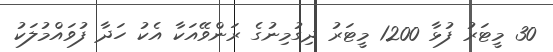
30 މީޓަރު ފުޅާ 1200 މީޓަރު ދިގުމިނުގެ ރަންވޭއަކާ އެކު ހަދާ ފުވައްމުލަކު